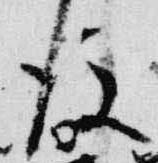
後